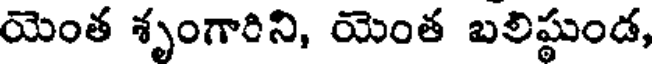
యెంత శృంగారిని, యెంత బలిష్ఠుండ,